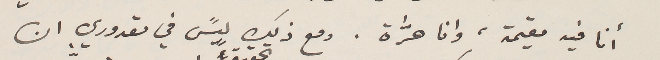
أنا فيه مقيمة، وانا حرَّة. ومع ذلك ليسً في مقدوري ان